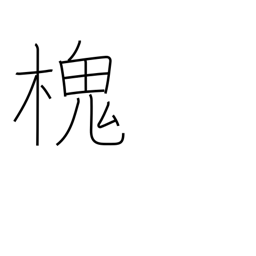
Meaning: type of Japanese pagoda tree